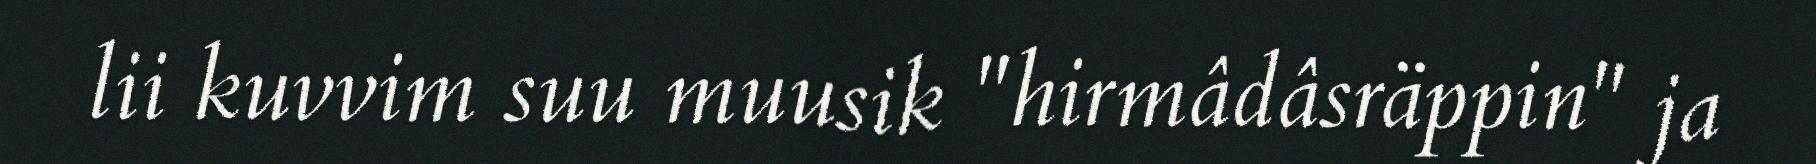
lii kuvvim suu muusik "hirmâdâsräppin" ja